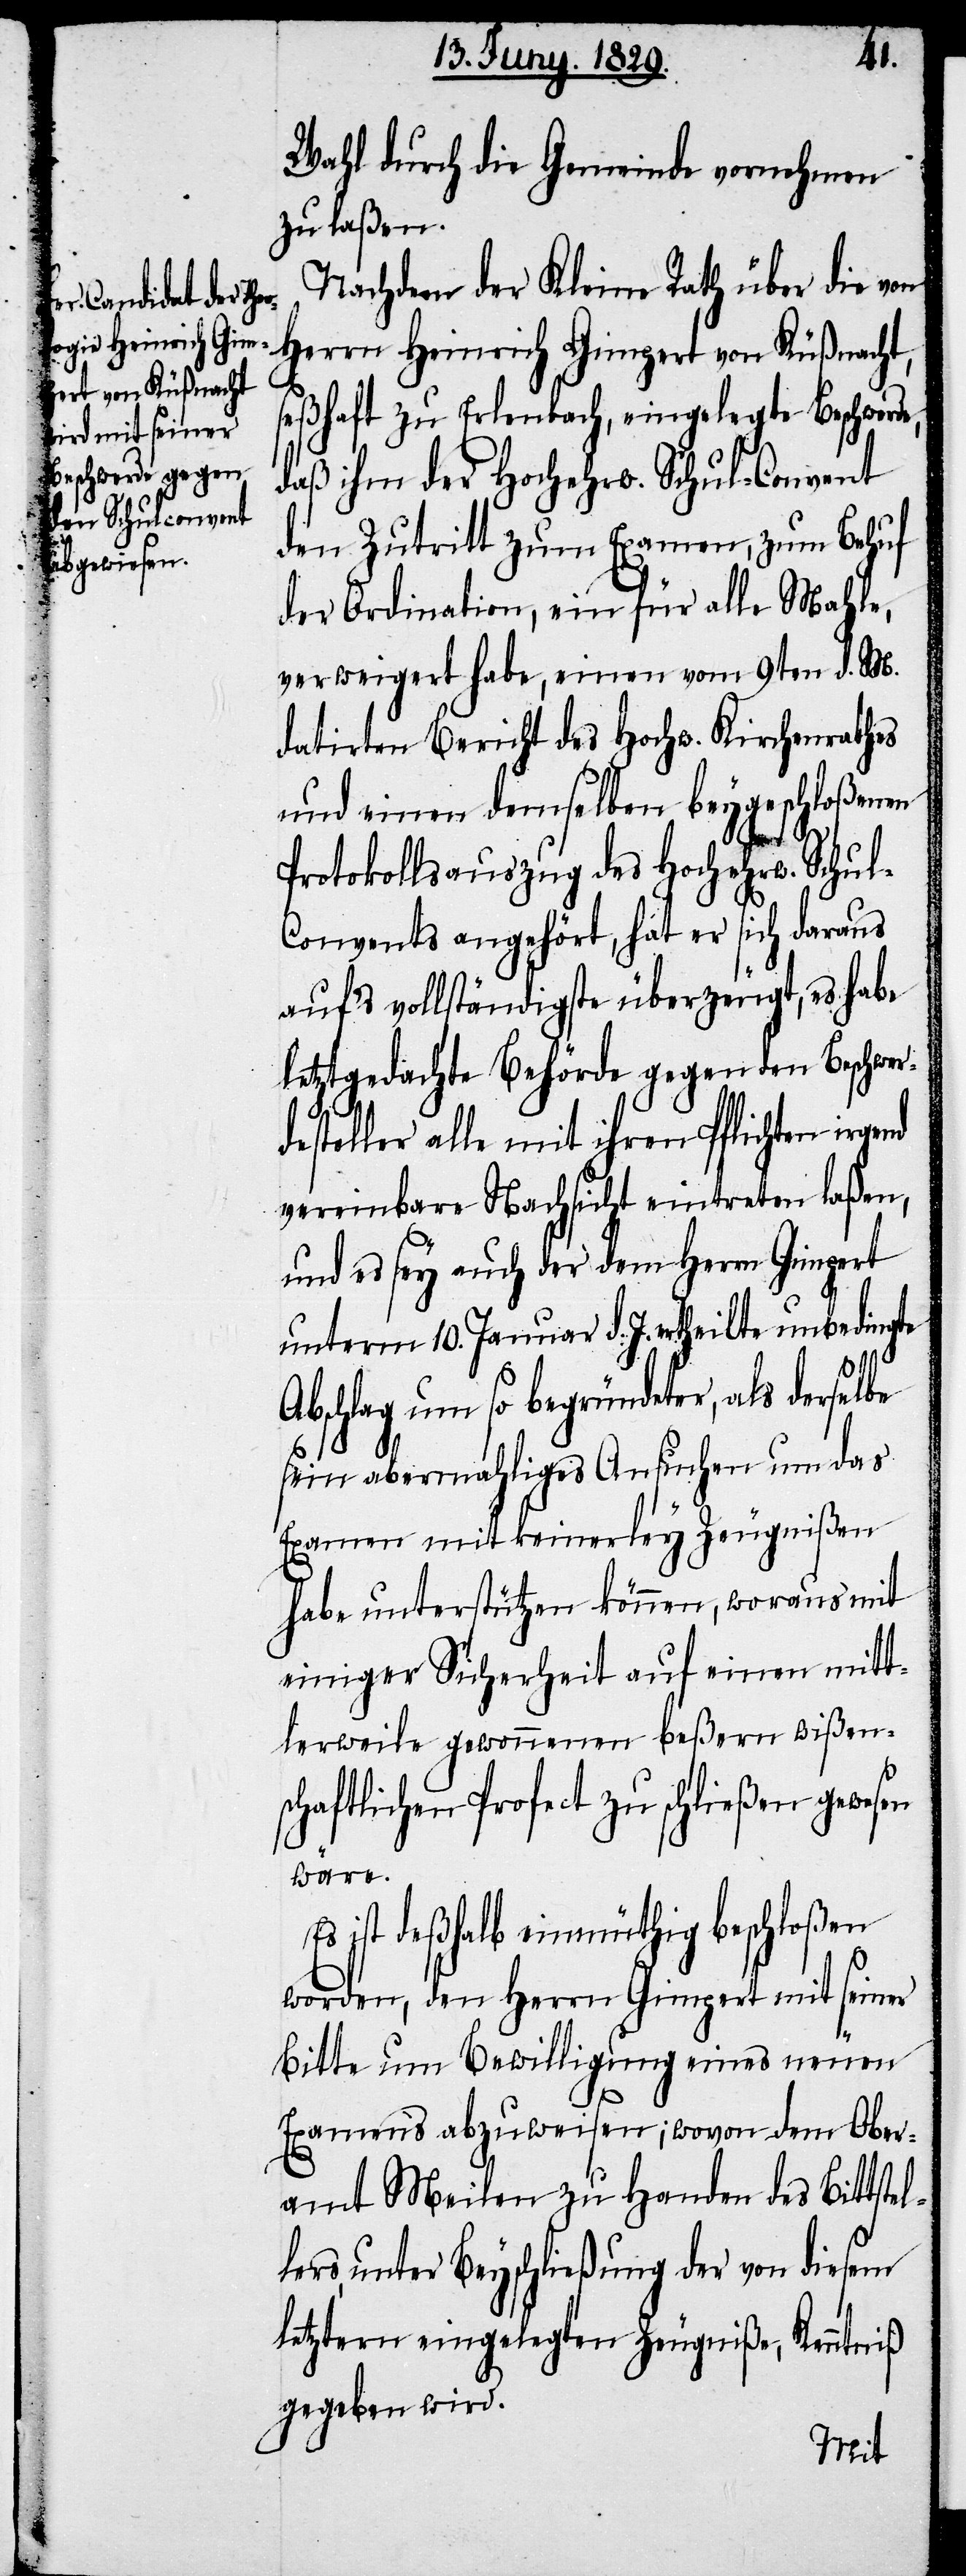
Wahl durch die Gemeinde vornehmen
zu laßen.
Nachdem der Kleine Rath über die von
Herrn Heinrich Gimpert von Küßnacht,
seßhaft zu Erlenbach, eingelegte Beschwerd¬
daß ihm der Hochehrw. Schul-Convent
den Zutritt zum Examen, zum Behuf
der Ordination, ein für alle Mahle,
verweigert habe, einen vom 9ten d. M.
datirten Bericht des Hochw. Kirchenrathes
und einen demselben beygeschloßenen
Protokollsauszug des Hochehrw. Schu¬
l-Convents angehört, hat er sich daraus
auf’s vollständigste überzeugt, es habe
letztgedachte Behörde gegen den Beschwer¬
desteller alle mit ihren Pflichten
vereinbare Nachsicht eintreten laßen,
und es sey auch der dem Herrn Gimpert
unterm 10. Januar d. J. ertheilte unbedingte
Abschlag um so begründeter, als derselbe
sein abermahliges Ansuchen um das
Examen mit keinerley Zeugnißen
habe unterstützen können, woraus mit
einiger Sicherheit auf einen mitt¬
lerweile gewonnenen beßern wißen¬
wäre.
ist deßhalb einmüthig beschloßen
worden, den Herrn Gimpert mit seiner
Bitte um Bewilligung eines neuen
e,
Examens abzuweisen; wovon dem Ober¬
amt Meilen zu Handen des Bittstel¬
lers, unter Beyschließung der von diesem
letztern eingelegten Zeugniße, Kenntniß
gegeben wird.